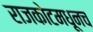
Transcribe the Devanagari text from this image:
राजकोटमधूनच